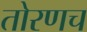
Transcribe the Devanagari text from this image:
तोरणच